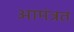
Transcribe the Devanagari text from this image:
आमंत्रत